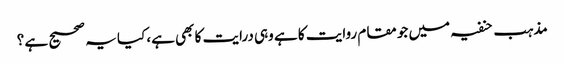
مذہب حنفیہ میں جو مقام روایت کا ہے وہی درایت کا بھی ہے، کیا یہ صحیح ہے ؟